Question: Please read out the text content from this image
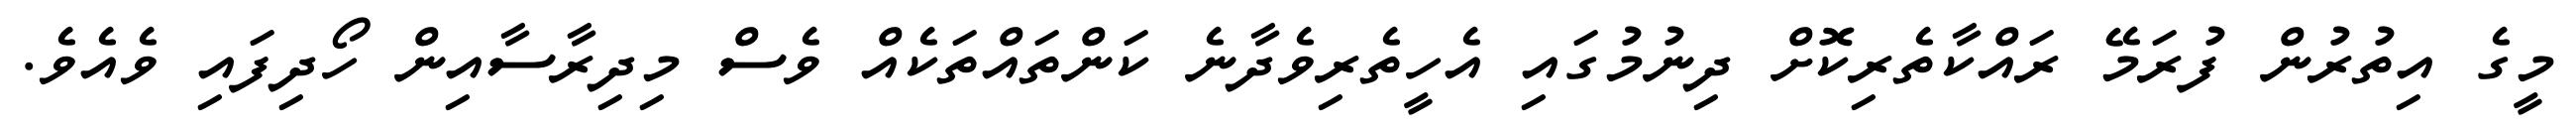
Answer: މީގެ އިތުރުން ފުރަމޭ ރައްކާތެރިކޮށް ދިނުމުގައި އެހީތެރިވެދާނެ ކަންތައްތަކެއް ވެސް މިދިރާސާއިން ހޯދިފައި ވެއެވެ.